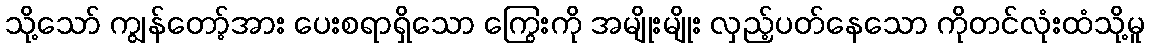
သို့သော် ကျွန်တော့်အား ပေးစရာရှိသော ကြွေးကို အမျိုးမျိုး လှည့်ပတ်နေသော ကိုတင်လုံးထံသို့မူ